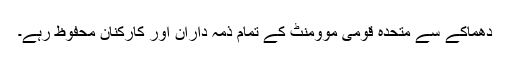
دھماکے سے متحدہ قومی موومنٹ کے تمام ذمہ داران اور کارکنان محفوظ رہے۔